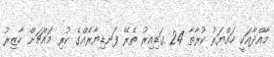
މާއްދާއަކީ ހައްޔަރު ކުރާތާ 24 ގަޑިއިރު ތެރޭ ފަނޑިޔާރެއްގެ ކުރި މައްޗަށް ހާޒިރު